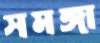
সমঙ্গা